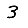
Digit: 3